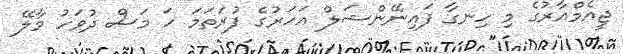
ޖީއެމްއާރުގެ މި ހިނގާ ފައިނޭންޝަލް އަހަރުގެ ފުރަތަމަ ހަ މަސް ދުވަހު މާލޭ